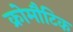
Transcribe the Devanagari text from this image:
क्रोमौटिक